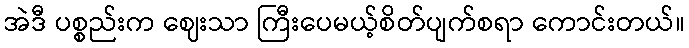
အဲဒီ ပစ္စည်းက ဈေးသာ ကြီးပေမယ့်စိတ်ပျက်စရာ ကောင်းတယ်။